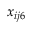
x _ { i j 6 }